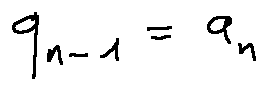
q _ { n - 1 } = a _ { n }